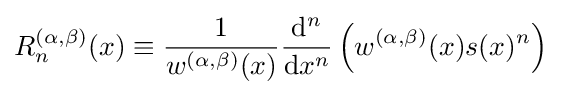
R_{n}^{(\alpha ,\beta )}(x)\equiv {\frac {1}{w^{(\alpha ,\beta )}(x)}}{\frac {{\rm {d}}^{n}}{{\rm {d}}x^{n}}}\left(w^{(\alpha ,\beta )}(x)s(x)^{n}\right)